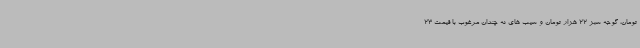
تومان، گوجه سبز 22 هزار تومان و سیب های نه چندان مرغوب با قیمت 23